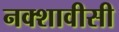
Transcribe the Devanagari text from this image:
नक्शावीसी